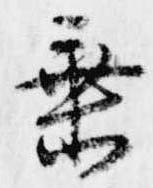
垂